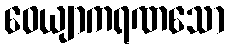
ဝေယျာကရဏသော